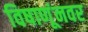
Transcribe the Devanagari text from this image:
विषाणूंनवर